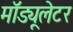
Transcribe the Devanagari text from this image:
मॉड्यूलेटर